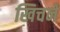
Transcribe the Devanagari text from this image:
खिचनें